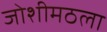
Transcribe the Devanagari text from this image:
जोशीमठला